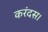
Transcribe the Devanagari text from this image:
करंदस।